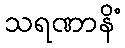
သရဏာနိံ